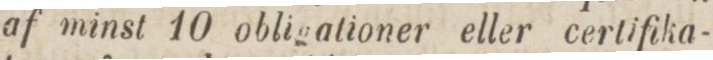
af minst 10 obligationer eller certifika-